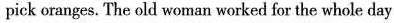
pick oranges. The old woman worked for the whole day